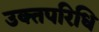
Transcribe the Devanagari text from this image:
उक्तपरिधि